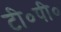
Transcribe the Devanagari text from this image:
टी०पी०